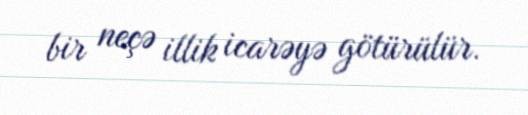
bir neçə illik icarəyə götürülür.